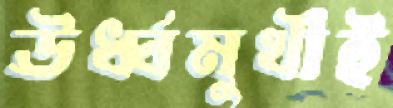
ঊর্ধ্বমুখীই